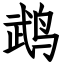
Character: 鹉